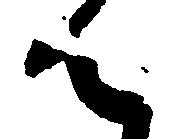
ん